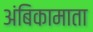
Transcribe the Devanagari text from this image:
अंबिकामाता